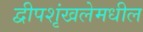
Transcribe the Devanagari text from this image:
द्वीपशृंखलेमधील